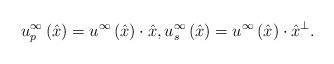
LaTeX: \begin{align*}u^{\infty}_p \left( \hat{x}\right) = u^{\infty} \left( \hat{x}\right) \cdot \hat{x}, u^{\infty}_s \left( \hat{x}\right) = u^{\infty} \left( \hat{x}\right) \cdot \hat{x}^{\perp}.\end{align*}